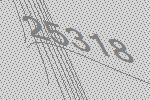
25318